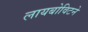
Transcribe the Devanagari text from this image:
लायबोविटने